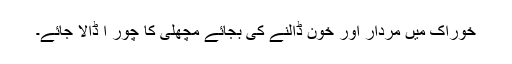
خوراک میں مردار اور خون ڈالنے کی بجائے مچھلی کا چور ا ڈالا جائے۔